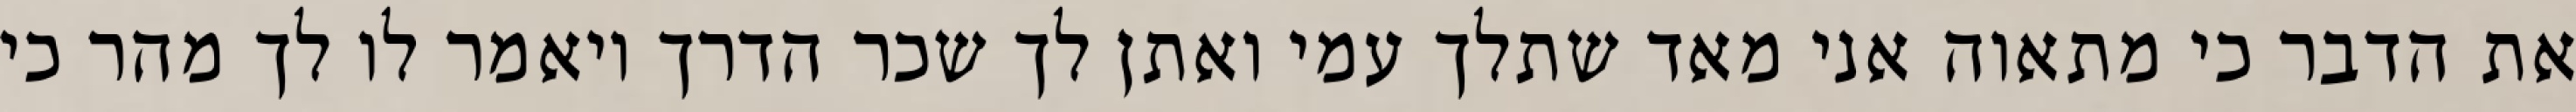
את הדבר כי מתאוה אני מאד שתלך עמי ואתן לך שכר הדרך ויאמר לו לך מהר כי